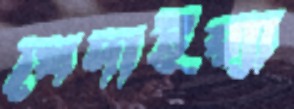
খেদাইয়্যা